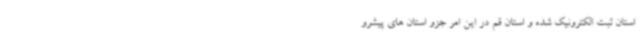
استان ثبت الکترونیک شده و استان قم در این امر جزو استان های پیشرو